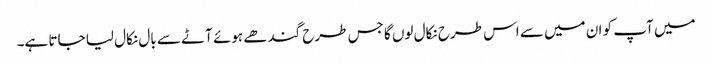
میں آپ کو ان میں سے اس طرح نکال لوں گا جس طرح گندھے ہوئے آٹے سے بال نکال لیا جاتا ہے۔